Civil Veterinary Dept. Assam report 1927-50 - 1927-1950
Year: 1927
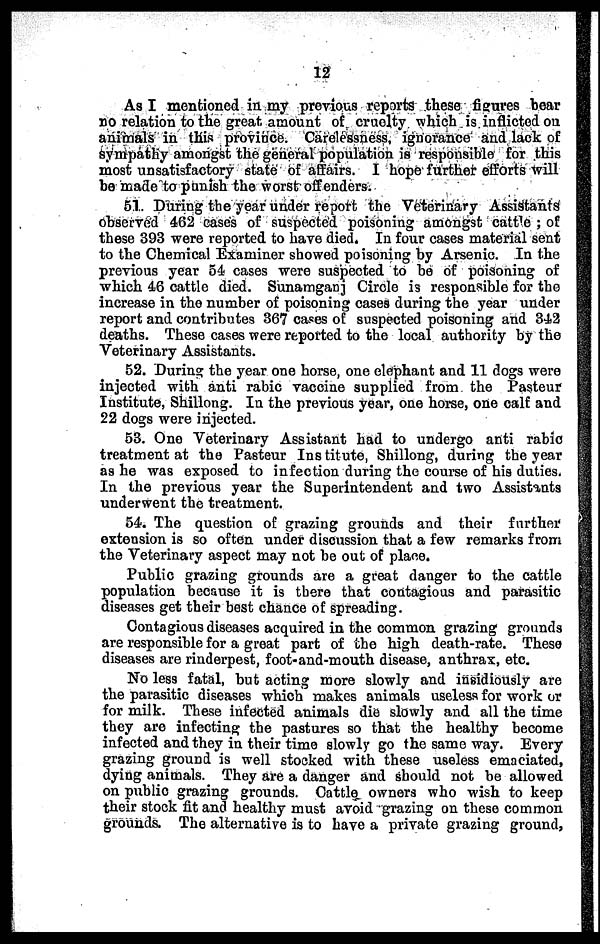
12
As I mentioned in my previous reports these figures bear
no relation to the great, amount of cruelty which is inflicted on
animals in this province. Carelessness, ignorance and lack of
sympathy amongst the general population is responsible for this
most unsatisfactory state of affairs. I hope further efforts will
be made to punish the worst offenders.
51. During the year under report the Veterinary Assistants
observed 462 cases of suspected poisoning amongst cattle ; of
these 393 were reported to have died. In four cases material sent
to the Chemical Examiner showed poisoning by Arsenic. In the
previous year 54 cases were suspected to be of poisoning of
which 46 cattle died. Sunamganj Circle is responsible for the
increase in the number of poisoning cases during the year under
report and contributes 367 cases of suspected poisoning and 342
deaths. These cases were reported to the local authority by the
Veterinary Assistants.
52. During the year one horse, one elephant and 11 dogs were
injected with anti rabic vaccine supplied from the Pasteur
Institute, Shillong. In the previous year, one horse, one calf and
22 dogs were injected.
53. One Veterinary Assistant had to undergo anti rabic
treatment at the Pasteur Institute, Shillong, during the year
as he was exposed to infection during the course of his duties.
In the previous year the Superintendent and two Assistants
underwent the treatment.
54. The question of grazing grounds and their further
extension is so often under discussion that a few remarks from
the Veterinary aspect may not be out of place.
Public grazing grounds are a great danger to the cattle
population because it is there that contagious and parasitic
diseases get their best chance of spreading.
Contagious diseases acquired in the common grazing grounds
are responsible for a great part of the high death-rate. These
diseases are rinderpest, foot-and-mouth disease, anthrax, etc.
No less fatal, but acting more slowly and insidiously are
the parasitic diseases which makes animals useless for work or
for milk. These infected animals die slowly and all the time
they are infecting the pastures so that the healthy become
infected and they in their time slowly go the same way. Every
grazing ground is well stocked with these useless emaciated,
dying animals. They are a danger and should not be allowed
on public grazing grounds. Cattle owners who wish to keep
their stock fit and healthy must avoid grazing on these common
grounds. The alternative is to have a private grazing ground,